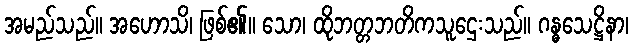
အမည်သည်။ အဟောသိ၊ ဖြစ်၏။ သော၊ ထိုဘတ္တဘတိကသူဌေးသည်။ ဂန္ဓသေဋ္ဌိနာ၊